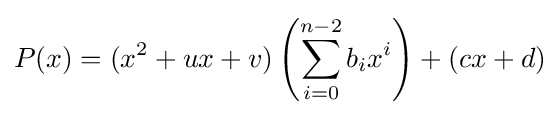
P(x)=(x^{2}+ux+v)\left(\sum _{i=0}^{n-2}b_{i}x^{i}\right)+(cx+d)